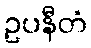
ဥပနီတံ